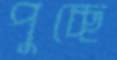
পুচ্ছে